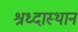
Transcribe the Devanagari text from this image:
श्रध्दास्थान